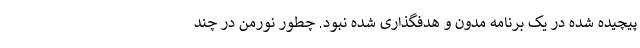
پیچیده شده در یک برنامه مدون و هدفگذاری شده نبود. چطور نورمن در چند